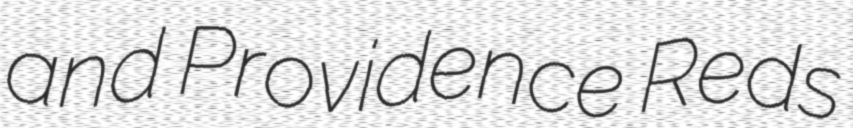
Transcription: and Providence Reds